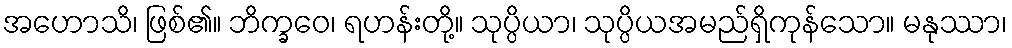
အဟောသိ၊ ဖြစ်၏။ ဘိက္ခဝေ၊ ရဟန်းတို့။ သုပ္ပိယာ၊ သုပ္ပိယအမည်ရှိကုန်သော။ မနုဿာ၊